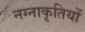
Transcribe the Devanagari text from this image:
नग्नाकृतियों